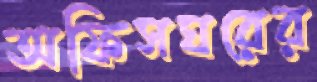
অফিসঘরের